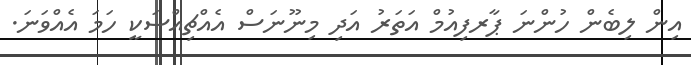
އިން ލިބެން ހުންނަ ޕާރފިއުމް އަތަރު އަދި މިނޫނަސް އެއްޗިއްސަކީ ހަމަ އެއްވަނަ.